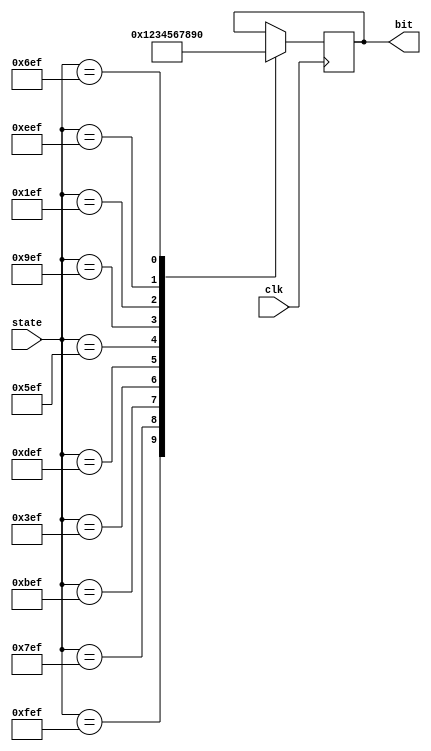
`timescale 1ns / 1ps


module state(
input wire clk,
input wire [11:0] state,
output reg [3:0]bit
    );
    
 
    always @(posedge clk)
        begin
            case(state)
            12'b111111101111 : bit = 4'b0001;//1        
            12'b011111101111 : bit = 4'b0010;//2
            12'b101111101111 : bit = 4'b0011;//3
            12'b001111101111 : bit = 4'b0100;//4
            12'b110111101111 : bit = 4'b0101;//5
            12'b010111101111 : bit = 4'b0110;//6
            12'b100111101111 : bit = 4'b0111;//7
            12'b000111101111 : bit = 4'b1000;//8
            12'b111011101111 : bit = 4'b1001;//9
            12'b011011101111 : bit = 4'b0000;//0
            endcase
        end
endmodule